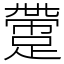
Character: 䠠